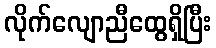
လိုက်လျောညီထွေရှိပြီး